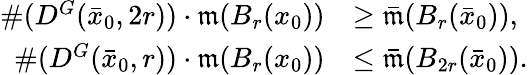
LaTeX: \begin{array}{rl}{\# (D^{G}(\bar{x}_{0},2r))\cdot\mathfrak{m}(B_{r}(x_{0}))}&{\geq\bar{\mathfrak{m}}(B_{r}(\bar{x}_{0})),}\\ {\# (D^{G}(\bar{x}_{0},r))\cdot\mathfrak{m}(B_{r}(x_{0}))}&{\leq\bar{\mathfrak{m}}(B_{2r}(\bar{x}_{0})).}\end{array}